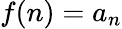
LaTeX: f(n)=a_{n}